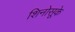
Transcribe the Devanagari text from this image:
शिनोसूके